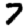
Digit: 7